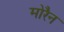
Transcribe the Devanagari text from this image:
मोरैन